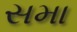
સમા